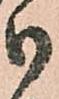
御